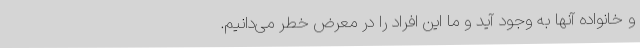
و خانواده آنها به وجود آید و ما این افراد را در معرض خطر می‌دانیم.